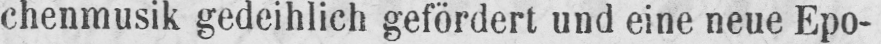
chenmusik gedeihlich gefördert und eine neue Epo-